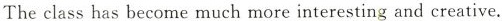
The class has become much more interesting and creative.